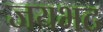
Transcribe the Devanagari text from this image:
जयभट